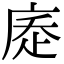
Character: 𢉇